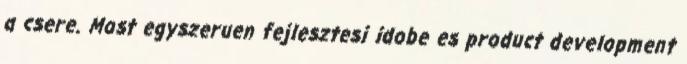
a csere. Most egyszeruen fejlesztesi idobe es product development